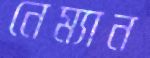
নেম্যান